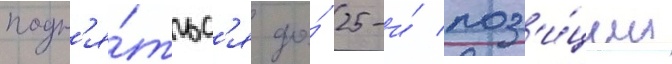
подн'я́тьс'я до́ 25-и́ поз'и́ции